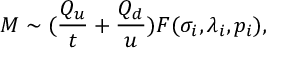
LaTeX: { \cal M } \sim ( { \frac { Q _ { u } } { t } } + { \frac { Q _ { d } } { u } } ) F ( \sigma _ { i } , \lambda _ { i } , p _ { i } ) ,